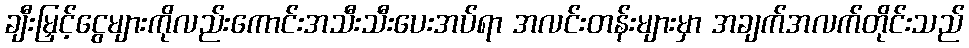
ချီးမြှင့်ငွေများကိုလည်းကောင်းအသီးသီးပေးအပ်ရာ အလင်းတန်းများမှာ အချက်အလက်တိုင်းသည်